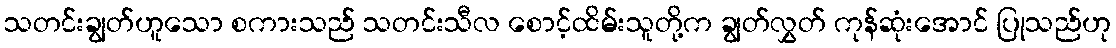
သတင်းချွတ်ဟူသော စကားသည် သတင်းသီလ စောင့်ထိမ်းသူတို့က ချွတ်လွှတ် ကုန်ဆုံးအောင် ပြုသည်ဟု